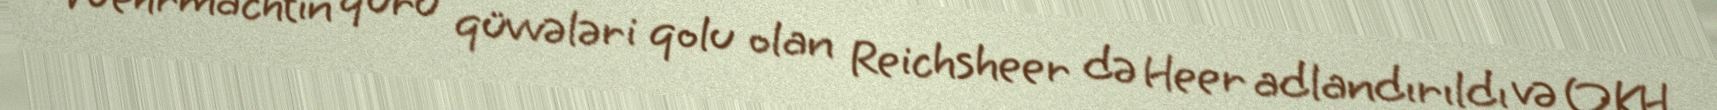
Wehrmachtın quru qüvvələri qolu olan Reichsheer də Heer adlandırıldı və OKH